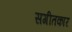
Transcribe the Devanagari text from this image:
सगीतकार